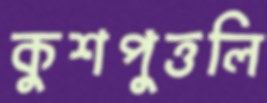
কুশপুত্তলি